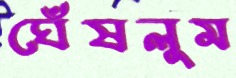
ঘেঁষলুম